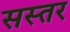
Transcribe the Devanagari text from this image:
सस्तर